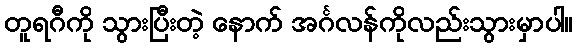
တူရဂီကို သွားပြီးတဲ့ နောက် အင်္ဂလန်ကိုလည်းသွားမှာပါ။